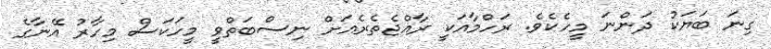
ގިނަ ބަޔަކު ދަންނަ މީހެކެވެ. ރަހްމާއަކީ ރާއްޖެތެރެއަށް ނިސްބަތްވީ މީހަކަސް މިހާރު އޭނާގެ